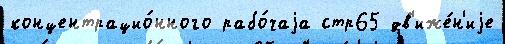
концентрацио́нного рабо́чаjа стр65 дв'иже́н'иjе